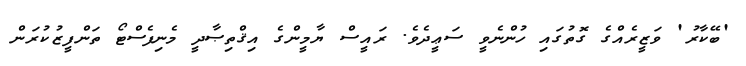
'ބޭކާރު' ވަޒީރެއްގެ ގޮތުގައި ހުންނެވީ ސަޢީދެވެ. ރައީސް ޔާމީންގެ އިޤްތިޞާދީ މެނިފެސްޓޯ ތަންފީޒުކުރަން